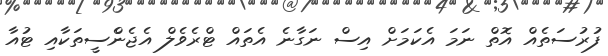
ފުރުސަތެއް އޮތް ނަމަ އެކަމަށް އިސް ނަގާނެ އެތައް ޓްރެވެލް އެޖެންެސީތަކާއި ޓުއާ